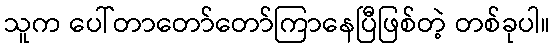
သူက ပေါ်တာတော်တော်ကြာနေပြီဖြစ်တဲ့ တစ်ခုပါ။